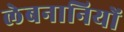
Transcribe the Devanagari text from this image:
लेबनानियों